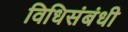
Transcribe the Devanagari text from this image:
विधिसंबंधी